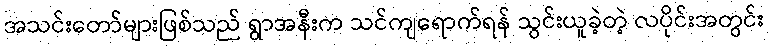
အသင်းတော်များဖြစ်သည် ရွာအနီးက သင်ကျရောက်ရန် သွင်းယူခဲ့တဲ့ လပိုင်းအတွင်း